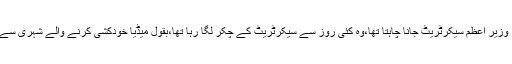
خبروں کے مطابق فیصل مری کا رہائشی تھااور وزیر اعظم سیکرٹریٹ جانا چاہتا تھا،وہ کئی روز سے سیکرٹریٹ کے چکر لگا رہا تھا،بقول میڈیا خودکشی کرنے والے شہری سے وزیر اعظم ہاؤس کو لکھا گیا خط بھی برآمد ہوا۔